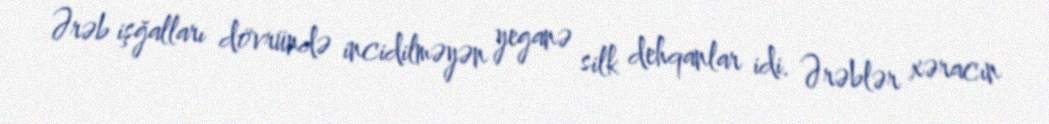
Ərəb işğalları dövründə incidilməyən yeganə silk dehqanlar idi. Ərəblər xəracın